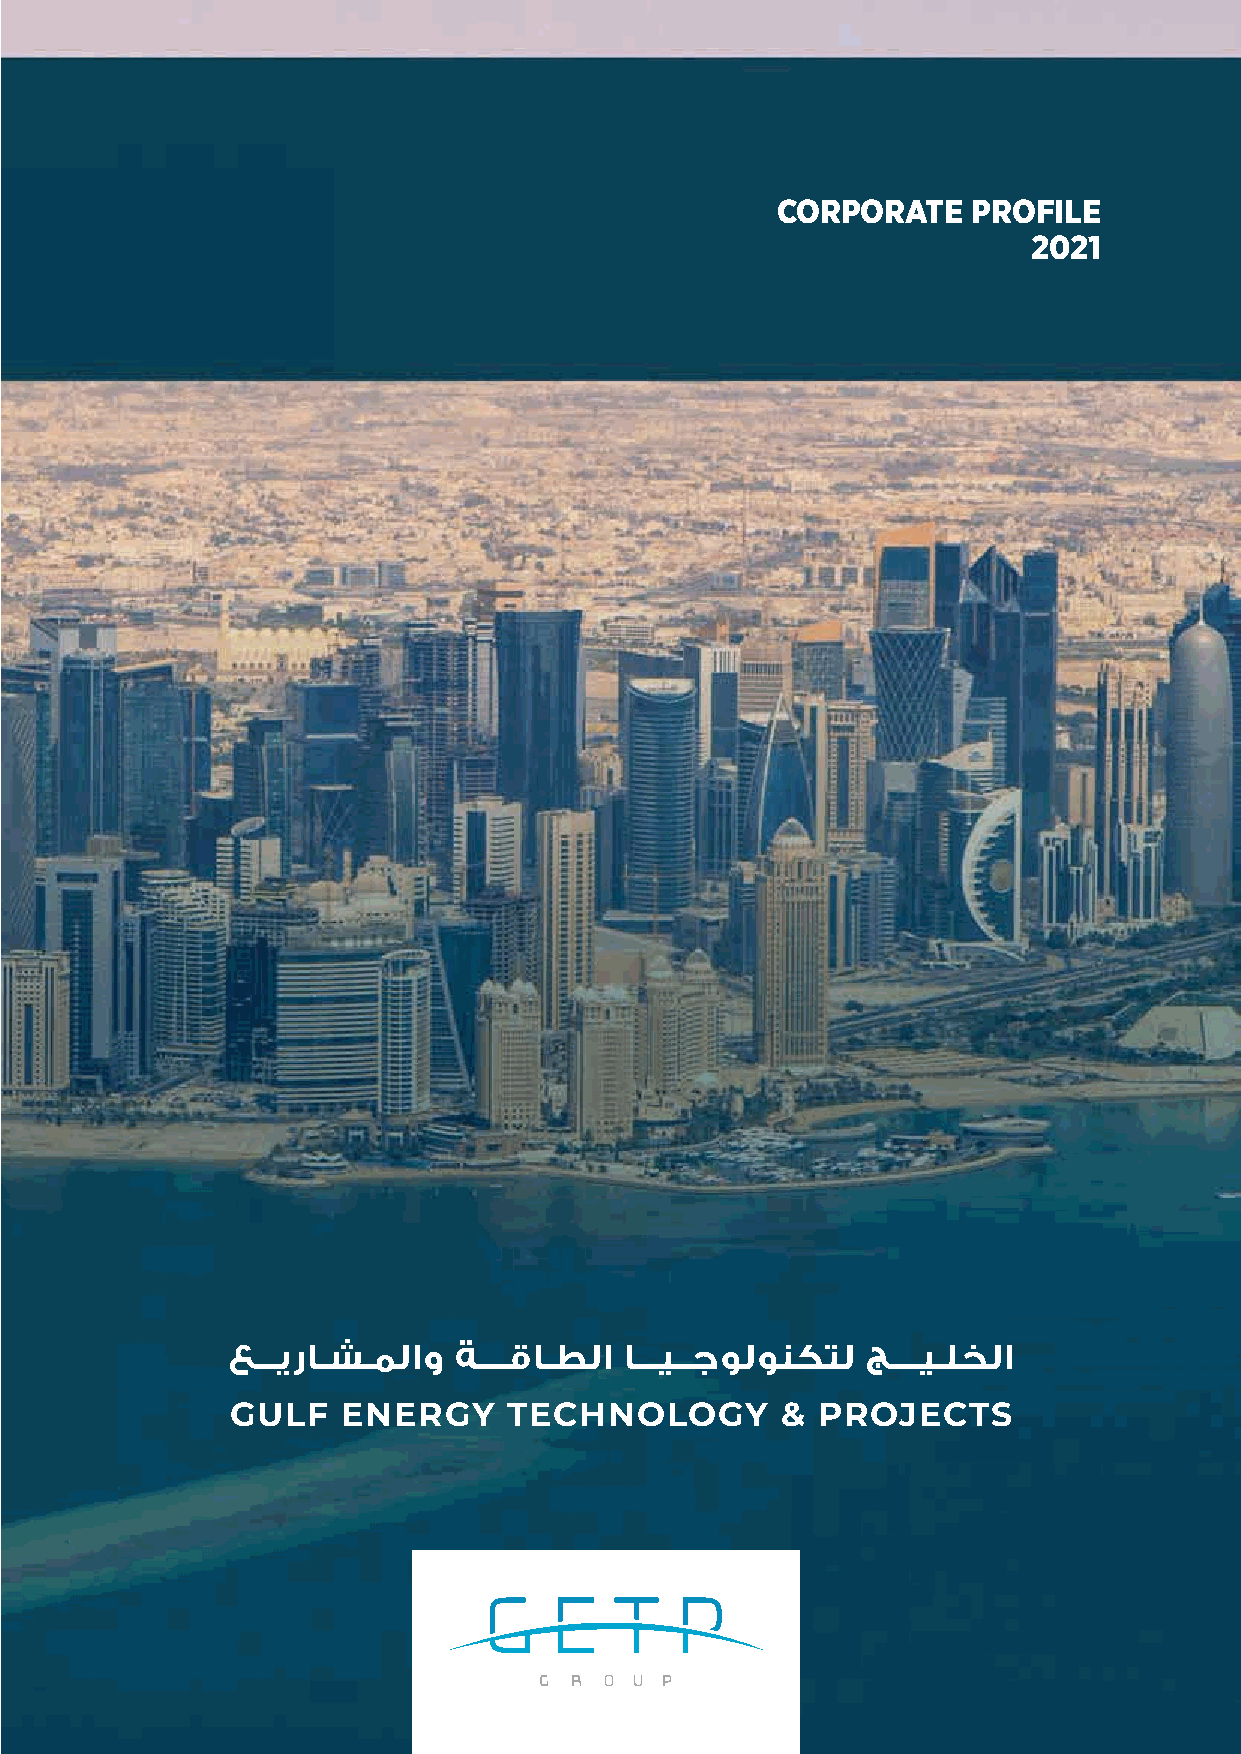
CORPORATE    PROFILE
 2021
 عـــيراـشـملاو ةــــقاـطلا اـــيــجولونكتل جــــيـلخلا
 GULF    ENERGY     TECHNOLOGY        & PROJECTS